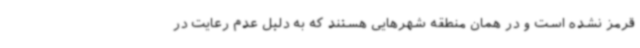
قرمز نشده است و در همان منطقه شهرهایی هستند که به دلیل عدم رعایت در